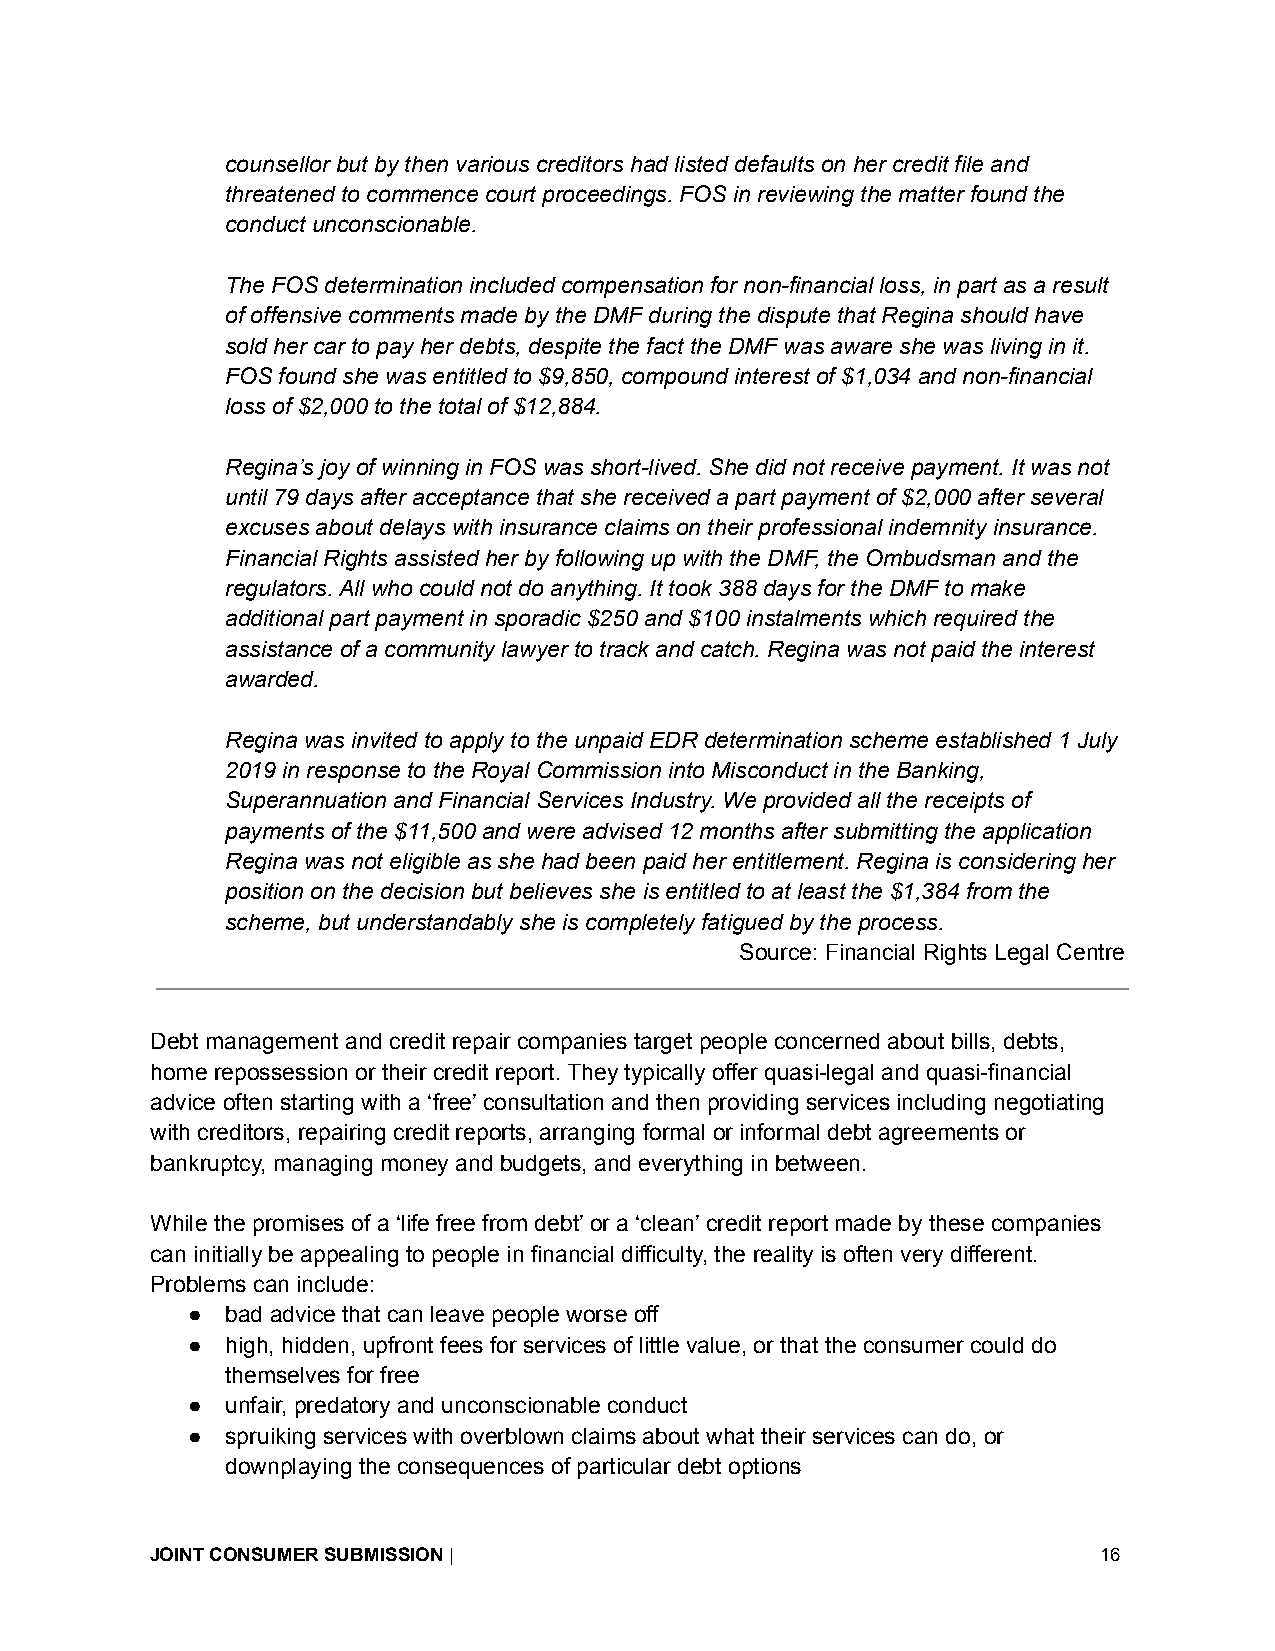
counsellor but by then various creditors had listed defaults on her credit file and
 threatened to commence court proceedings. FOS in reviewing the matter found the
 conduct unconscionable.
 The FOS determination included compensation for non-financial loss, in part as a result
 of offensive comments made by the DMF during the dispute that Regina should have
 sold her car to pay her debts, despite the fact the DMF was aware she was living in it.
 FOS found she was entitled to $9,850, compound interest of $1,034 and non-financial
 loss of $2,000 to the total of $12,884.
 Regina’s joy of winning in FOS was short-lived. She did not receive payment. It was not
 until 79 days after acceptance that she received a part payment of $2,000 after several
 excuses about delays with insurance claims on their professional indemnity insurance.
 Financial Rights assisted her by following up with the DMF, the Ombudsman and the
 regulators. All who could not do anything. It took 388 days for the DMF to make
 additional part payment in sporadic $250 and $100 instalments which required the
 assistance of a community lawyer to track and catch. Regina was not paid the interest
 awarded.
 Regina was invited to apply to the unpaid EDR determination scheme established 1 July
 2019 in response to the Royal Commission into Misconduct in the Banking,
 Superannuation and Financial Services Industry. We provided all the receipts of
 payments of the $11,500 and were advised 12 months after submitting the application
 Regina was not eligible as she had been paid her entitlement. Regina is considering her
 position on the decision but believes she is entitled to at least the $1,384 from the
 scheme, but understandably she is completely fatigued by the process.
 Source: Financial Rights Legal Centre
 Debt management and credit repair companies target people concerned about bills, debts,
 home repossession or their credit report. They typically offer quasi-legal and quasi-financial
 advice often starting with a ‘free’ consultation and then providing services including negotiating
 with creditors, repairing credit reports, arranging formal or informal debt agreements or
 bankruptcy, managing money and budgets, and everything in between.
 While the promises of a ‘life free from debt’ or a ‘clean’ credit report made by these companies
 can initially be appealing to people in financial difficulty, the reality is often very different.
 Problems can include:
 ●  bad advice that can leave people worse off
 ●  high, hidden, upfront fees for services of little value, or that the consumer could do
 themselves for free
 ●  unfair, predatory and unconscionable conduct
 ●  spruiking services with overblown claims about what their services can do, or
 downplaying the consequences of particular debt options
 JOINT CONSUMER SUBMISSION|                                     16